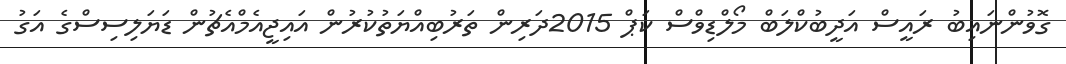
ގޮވުންނައިބު ރައީސް އަދީބުކްލަބް މޯލްޑިވްސް ކަޕް 2015ދަރިން ތަރުބިއްޔަތުކުރުން އައިޖީއެމްއެޗުން ޑަޔަލިސިސްގެ އަގު